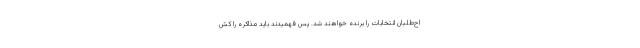
اح‌طلبان انتخابات را برنده خواهند شد. پس فهمیدند باید مذاکره را کش